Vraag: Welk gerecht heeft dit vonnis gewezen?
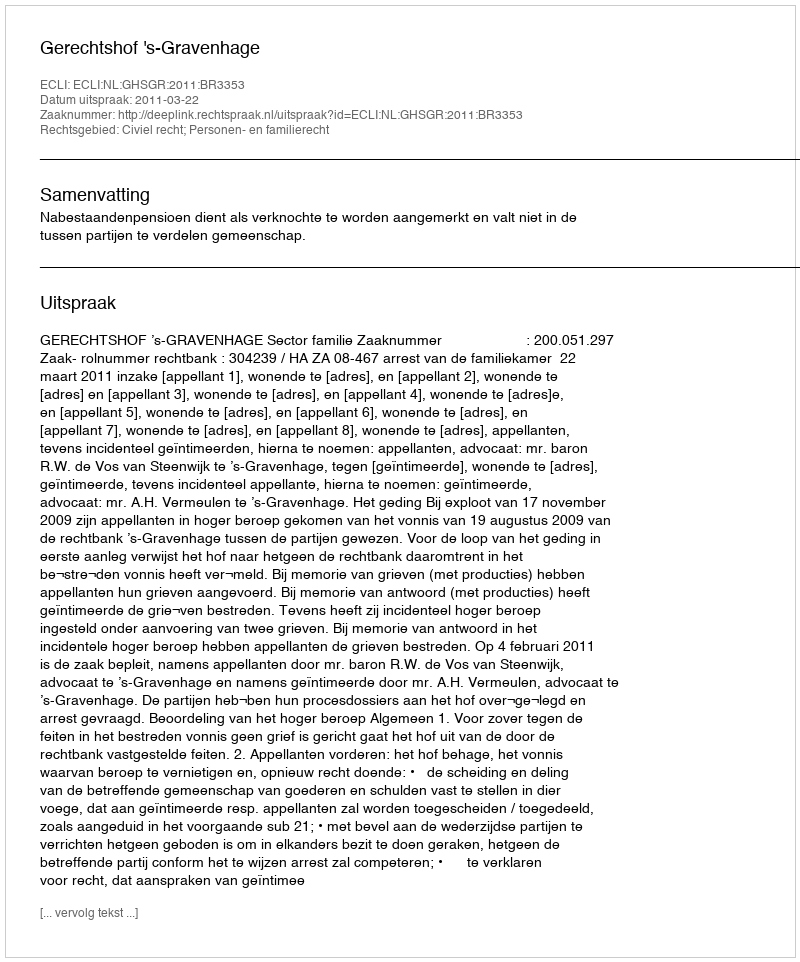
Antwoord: Gerechtshof 's-Gravenhage